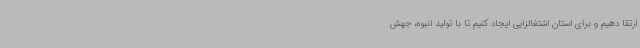
ارتقا دهیم و برای استان اشتغالزایی ایجاد کنیم تا با تولید انبوه، جهش